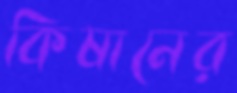
কিষানের